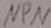
Text: NPN